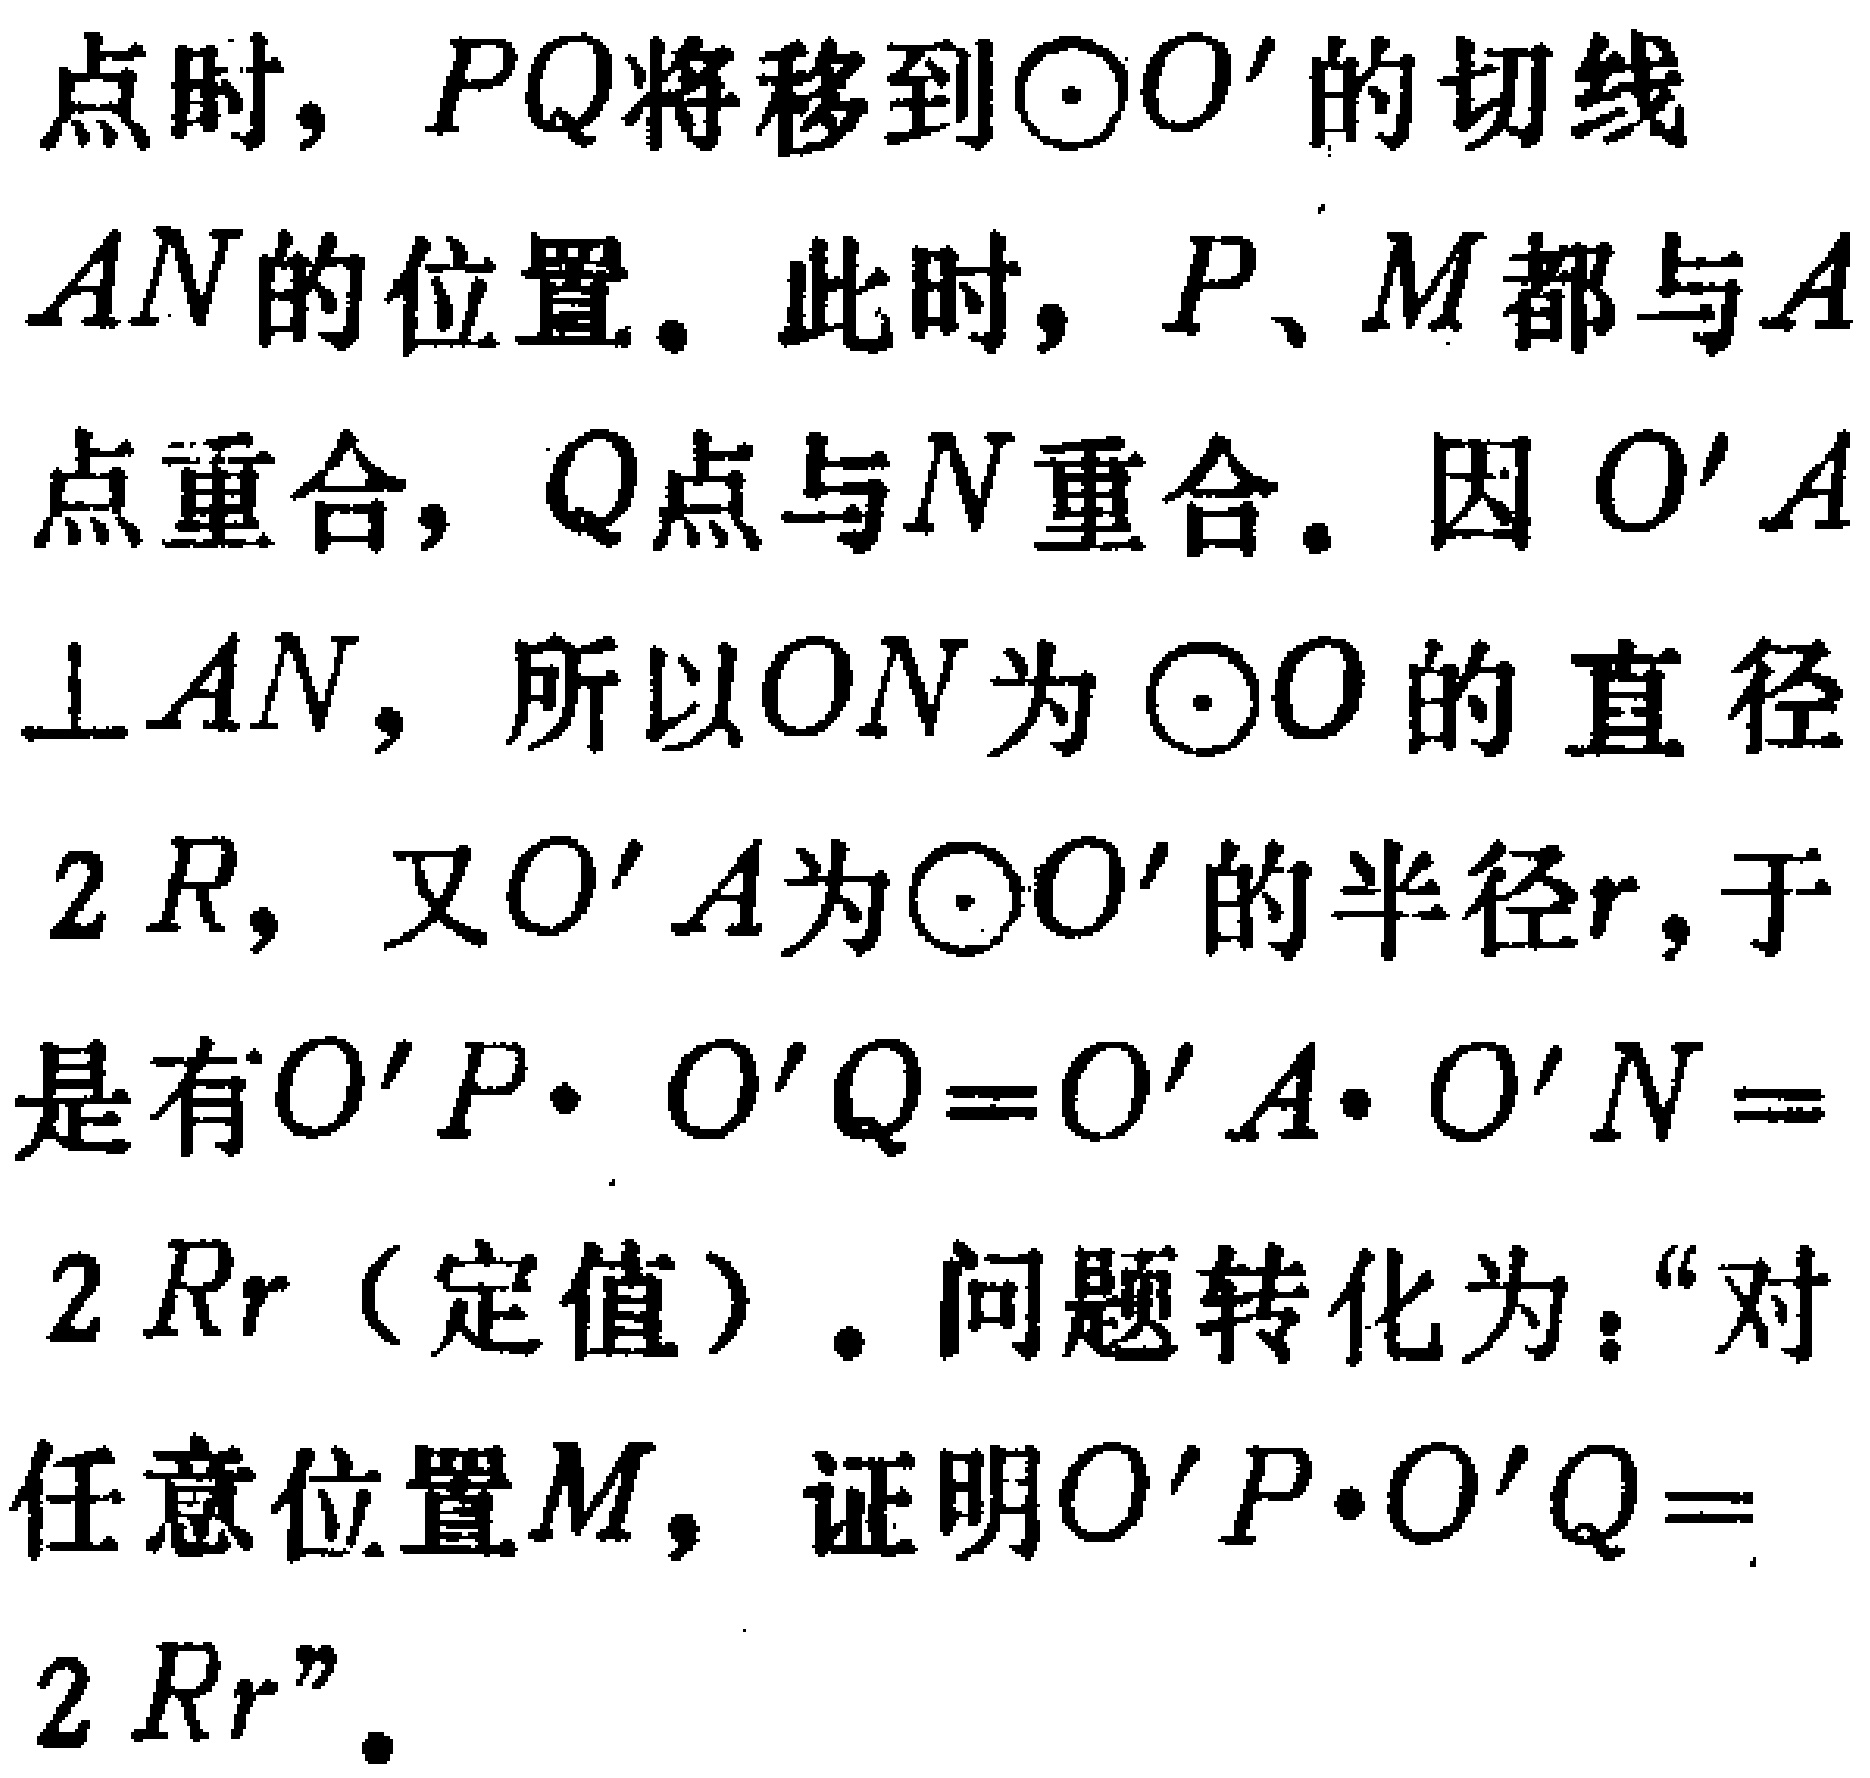
点时, \(PQ\)将移到\(\odot O'\)的切线\(AN\)的位置。此时, \(P\)、\(M\)都与\(A\)点重合, \(Q\)点与\(N\)重合。因 \(O'A\perp AN\), 所以\(ON\)为\(\odot O\)的直径\(2R\), 又\(O'A\)为\(\odot O'\)的半径\(r\),于是有\(O'P\cdot O'Q = O'A\cdot O'N=2Rr\)（定值）。问题转化为：“对任意位置\(M\), 证明\(O'P\cdot O'Q = 2Rr\)”。